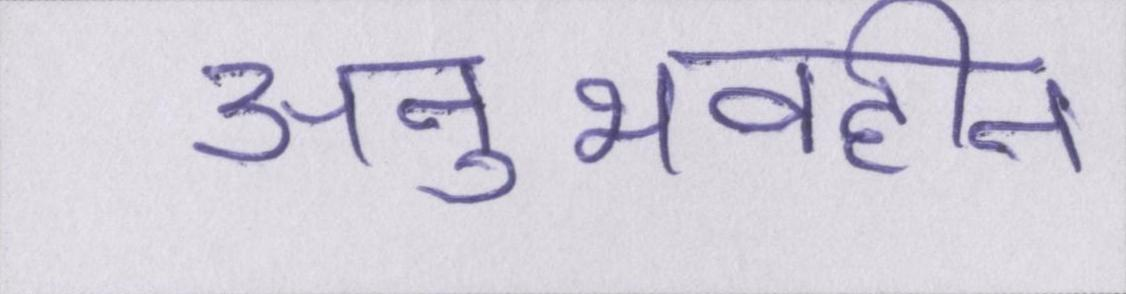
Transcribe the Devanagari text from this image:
अनुभवहीन